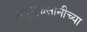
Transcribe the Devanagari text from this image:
अब्रुनुकसानीच्या